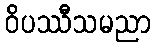
ဝိပဿီသမညာ